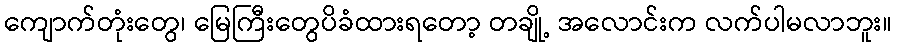
ကျောက်တုံးတွေ၊ မြေကြီးတွေပိခံထားရတော့ တချို့ အလောင်းက လက်ပါမလာဘူး။